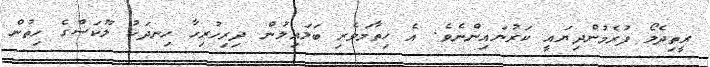
ރީތިދެލޯ ފުރެމުންދިޔައީ ކަރުނައިންނެވެ. އެ ހިތާމަވެރި ބަލައިލުން ދިރިހުރިހާ ހިނދަކު ލޫކަސްގެ ހިތުން